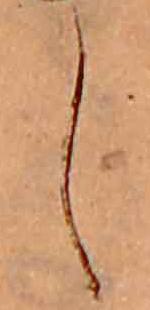
し